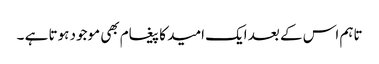
تاہم اس کے بعد ایک امید کا پیغام بھی موجود ہوتا ہے ۔